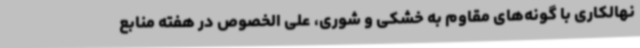
نهالکاری با گونه‌های مقاوم به خشکی و شوری، علی الخصوص در هفته منابع